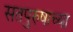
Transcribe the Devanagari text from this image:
सतपुरुषाच्या